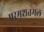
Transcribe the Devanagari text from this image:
परमशतमल